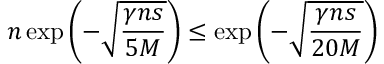
n \exp \left( - \sqrt \frac { \gamma n s } { 5 M } \right) \leq \exp \left( - \sqrt \frac { \gamma n s } { 2 0 M } \right)